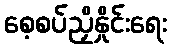
စေ့စပ်ညှိနှိုင်းရေး